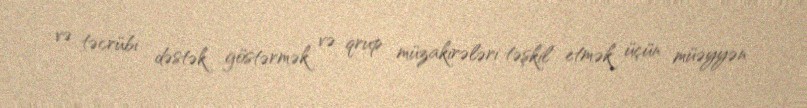
və təcrübi dəstək göstərmək və qrup müzakirələri təşkil etmək üçün müəyyən